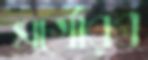
সগৌরব